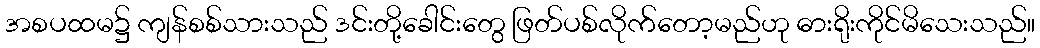
အစပထမ၌ ကျန်စစ်သားသည် ဒင်းတို့ခေါင်းတွေ ဖြတ်ပစ်လိုက်တော့မည်ဟု ဓားရိုးကိုင်မိသေးသည်။